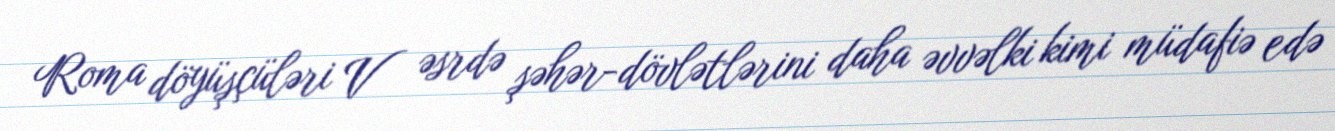
Roma döyüşçüləri V əsrdə şəhər-dövlətlərini daha əvvəlki kimi müdafiə edə